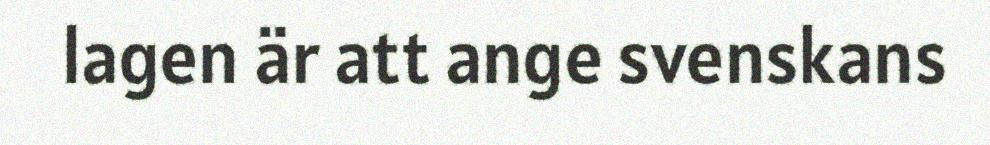
lagen är att ange svenskans